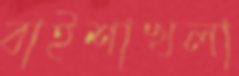
বাইশাখলা